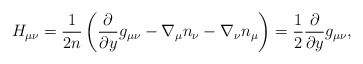
\begin{align*} H_{\mu\nu} =\frac1{2n} \left( \frac{\partial}{\partial y} g_{\mu\nu} - \nabla_\mu n_\nu - \nabla_\nu n_\mu \right) = \frac12 \frac{\partial}{\partial y} g_{\mu\nu},\end{align*}